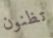
تظنون